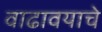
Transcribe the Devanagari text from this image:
वाढावयाचे